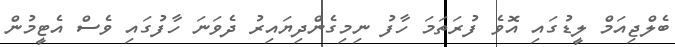
ބެލްޖިއަމް ލީޑުގައި އޮވެ ފުރަތަމަ ހާފު ނިމިގެންދިޔައިރު ދެވަނަ ހާފުގައި ވެސް އެޓީމުން